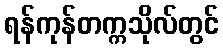
ရန်ကုန်တက္ကသိုလ်တွင်